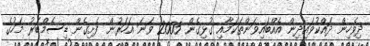
ދިވެހިން ދައްކުވައިދިން އެއްބައިވަންތަކަމާއި ގުޅިގެން 2005 ވަނަ އަހަރުން ފެށިގެން ޑިސެމްބަރު މަހުގެ